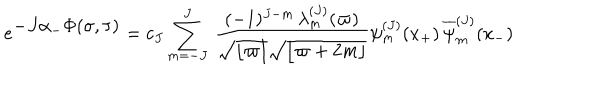
LaTeX: e ^ { \textstyle - J \alpha _ { - } \Phi ( \sigma , \tau ) } = c _ { J } \sum _ { m = - J } ^ { J } \, { \frac { ( - 1 ) ^ { J - m } \, \lambda _ { m } ^ { ( J ) } ( \varpi ) } { \sqrt { \lfloor \varpi \rfloor } \sqrt { \lfloor \varpi + 2 m \rfloor } } } \psi _ { m } ^ { ( J ) } ( x _ { + } ) \, { \overline { { \psi } } _ { m } ^ { ( J ) } } ( x _ { - } )